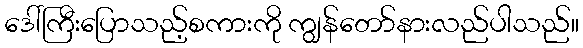
ဒေါ်ကြီးပြောသည့်စကားကို ကျွန်တော်နားလည်ပါသည်။